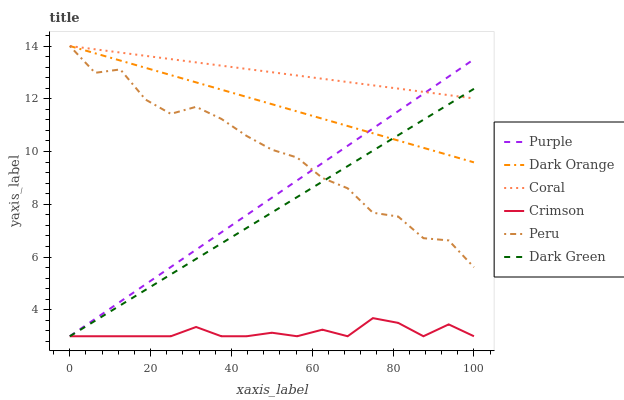
| xaxis_label | Purple | Dark Orange | Coral | Crimson | Peru | Dark Green |
 | --- | --- | --- | --- | --- | --- | --- |
 | 0 | 3 | 14 | 14 | 3 | 14 | 3 |
 | 6.25 | 3.66 | 13.7 | 13.9 | 3 | 13 | 3.59 |
 | 12.5 | 4.31 | 13.4 | 13.8 | 3 | 13.1 | 4.17 |
 | 18.8 | 4.97 | 13.2 | 13.6 | 3 | 12 | 4.76 |
 | 25 | 5.62 | 12.9 | 13.5 | 3 | 11.4 | 5.34 |
 | 31.2 | 6.28 | 12.6 | 13.4 | 3.35 | 11.7 | 5.93 |
 | 37.5 | 6.94 | 12.3 | 13.3 | 3 | 11.2 | 6.52 |
 | 43.8 | 7.59 | 12.1 | 13.1 | 3 | 10.6 | 7.1 |
 | 50 | 8.25 | 11.8 | 13 | 3.13 | 10.1 | 7.69 |
 | 56.2 | 8.91 | 11.5 | 12.9 | 3 | 9.77 | 8.27 |
 | 62.5 | 9.56 | 11.2 | 12.8 | 3.25 | 9 | 8.86 |
 | 68.8 | 10.2 | 11 | 12.6 | 3 | 8.61 | 9.45 |
 | 75 | 10.9 | 10.7 | 12.5 | 3.69 | 7.68 | 10 |
 | 81.2 | 11.5 | 10.4 | 12.4 | 3.51 | 7.54 | 10.6 |
 | 87.5 | 12.2 | 10.1 | 12.3 | 3 | 6.72 | 11.2 |
 | 93.8 | 12.8 | 9.87 | 12.1 | 3.45 | 6.63 | 11.8 |
 | 100 | 13.5 | 9.59 | 12 | 3 | 5.62 | 12.4 |